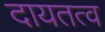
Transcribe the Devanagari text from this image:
दायतत्व